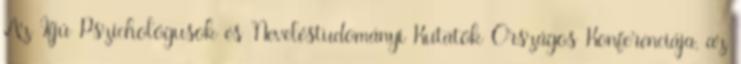
Az Ifjú Pszichológusok és Neveléstudományi Kutatók Országos Konferenciája, az